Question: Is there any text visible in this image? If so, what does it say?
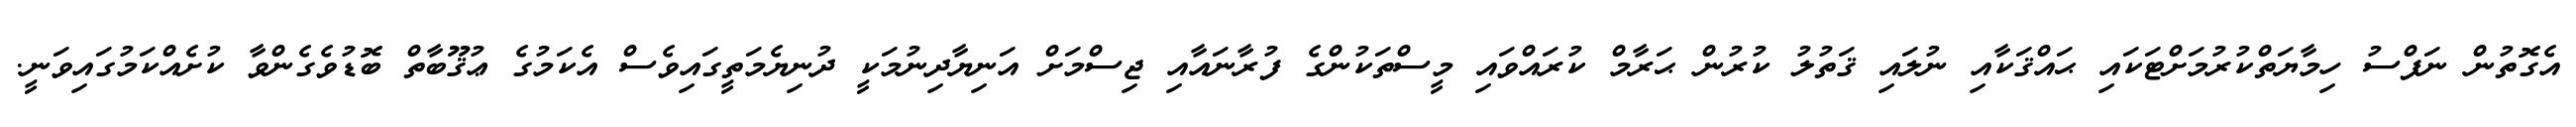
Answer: އެގޮތުން ނަފްސު ހިމާޔަތްކުރުމަށްޓަކައި ޙައްޤަކާއި ނުލައި ޤަތުލު ކުރުން ޙަރާމް ކުރައްވައި މީސްތަކުންގެ ފުރާނައާއި ޖިސްމަށް އަނިޔާދިނުމަކީ ދުނިޔެމަތީގައިވެސް އެކަމުގެ ޢުޤޫބާތް ބޮޑުވެގެންވާ ކުށެއްކަމުގައިވަނީ.